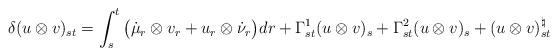
LaTeX: \begin{align*} \delta (u\otimes v)_{st} = \int_s^t \big(\dot{\mu}_r \otimes v_r + u_r \otimes \dot{\nu}_r\big) dr + \Gamma_{st}^1 (u \otimes v)_s + \Gamma_{st}^2 (u \otimes v)_s + (u\otimes v)_{st}^{\natural}\end{align*}